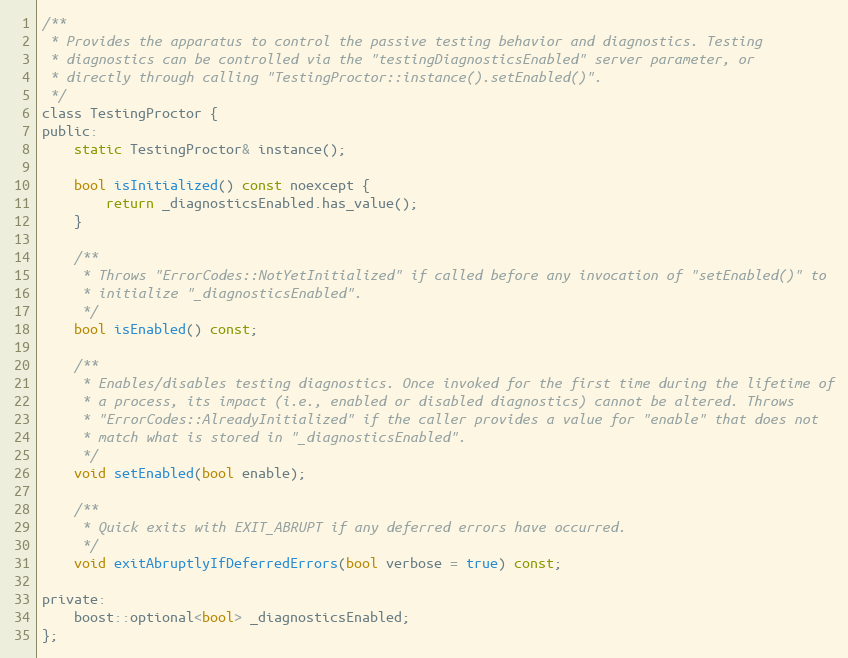
Language: C
/**
 * Provides the apparatus to control the passive testing behavior and diagnostics. Testing
 * diagnostics can be controlled via the "testingDiagnosticsEnabled" server parameter, or
 * directly through calling "TestingProctor::instance().setEnabled()".
 */
class TestingProctor {
public:
    static TestingProctor& instance();

    bool isInitialized() const noexcept {
        return _diagnosticsEnabled.has_value();
    }

    /**
     * Throws "ErrorCodes::NotYetInitialized" if called before any invocation of "setEnabled()" to
     * initialize "_diagnosticsEnabled".
     */
    bool isEnabled() const;

    /**
     * Enables/disables testing diagnostics. Once invoked for the first time during the lifetime of
     * a process, its impact (i.e., enabled or disabled diagnostics) cannot be altered. Throws
     * "ErrorCodes::AlreadyInitialized" if the caller provides a value for "enable" that does not
     * match what is stored in "_diagnosticsEnabled".
     */
    void setEnabled(bool enable);

    /**
     * Quick exits with EXIT_ABRUPT if any deferred errors have occurred.
     */
    void exitAbruptlyIfDeferredErrors(bool verbose = true) const;

private:
    boost::optional<bool> _diagnosticsEnabled;
};